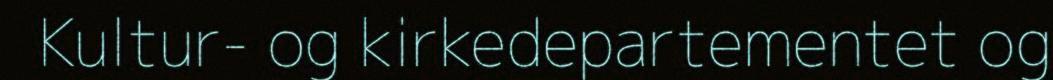
Kultur- og kirkedepartementet og